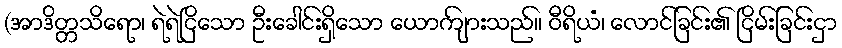
(အာဒိတ္တသိရော၊ ရဲရဲငြိသော ဦးခေါင်းရှိသော ယောကျ်ားသည်။ ဝီရိယံ၊ လောင်ခြင်း၏ ငြိမ်းခြင်းငှာ